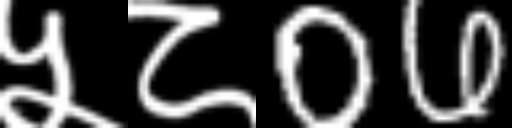
Text: ५८06